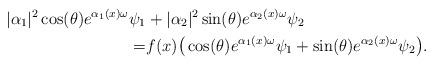
LaTeX: \begin{align*}|\alpha_1|^2 \cos(\theta)e^{\alpha_1(x)\omega}\psi_1 &+|\alpha_2|^2 \sin(\theta) e^{\alpha_2(x)\omega}\psi_2\\=&f(x)\big(\cos(\theta)e^{\alpha_1(x)\omega}\psi_1+\sin(\theta)e^{\alpha_2(x)\omega}\psi_2\big).\end{align*}